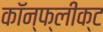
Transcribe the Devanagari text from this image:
कॉन्फ्लीक्ट